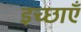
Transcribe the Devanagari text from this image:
इच्‍छाएँ